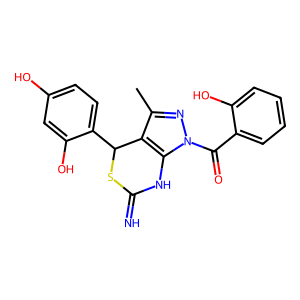
SMILES: Cc1nn(C(=O)c2ccccc2O)c2c1C(c1ccc(O)cc1O)SC(=N)N2
Inhibits HIV replication: No